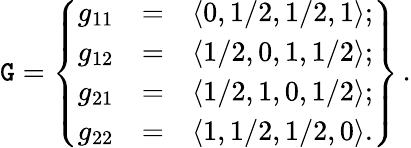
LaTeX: {\cal\mathtt{G}}=\left\{ \begin{array}{ccc}{g_{11}}&{=}&{\langle 0,1/2,1/2,1\rangle;}\\ {g_{12}}&{=}&{\langle 1/2,0,1,1/2\rangle;}\\ {g_{21}}&{=}&{\langle 1/2,1,0,1/2\rangle;}\\ {g_{22}}&{=}&{\langle 1,1/2,1/2,0\rangle.}\end{array}\right\} \, .